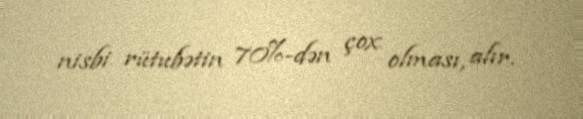
nisbi rütubətin 70%-dən çox olması, alır.